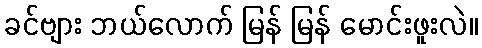
ခင်ဗျား ဘယ်လောက် မြန် မြန် မောင်းဖူးလဲ။